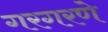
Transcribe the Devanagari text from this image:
गरगरणे